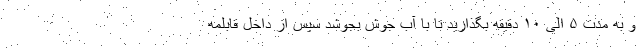
و به مدت ۵ الی ۱۰ دقیقه بگذارید تا با آب جوش بجوشد سپس از داخل قابلمه